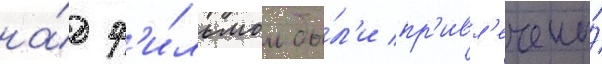
на́д ф'и́льмом бы́л'и пр'ивл'ечены́